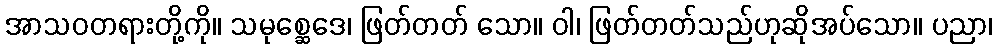
အာသဝတရားတို့ကို။ သမုစ္ဆေဒေ၊ ဖြတ်တတ် သော။ ဝါ၊ ဖြတ်တတ်သည်ဟုဆိုအပ်သော။ ပညာ၊